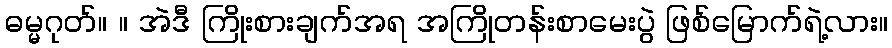
ဓမ္မဂုတ်။ ။ အဲဒီ ကြိုးစားချက်အရ အကြိုတန်းစာမေးပွဲ ဖြစ်မြောက်ရဲ့လား။